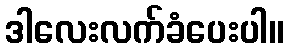
ဒါလေးလက်ခံပေးပါ။